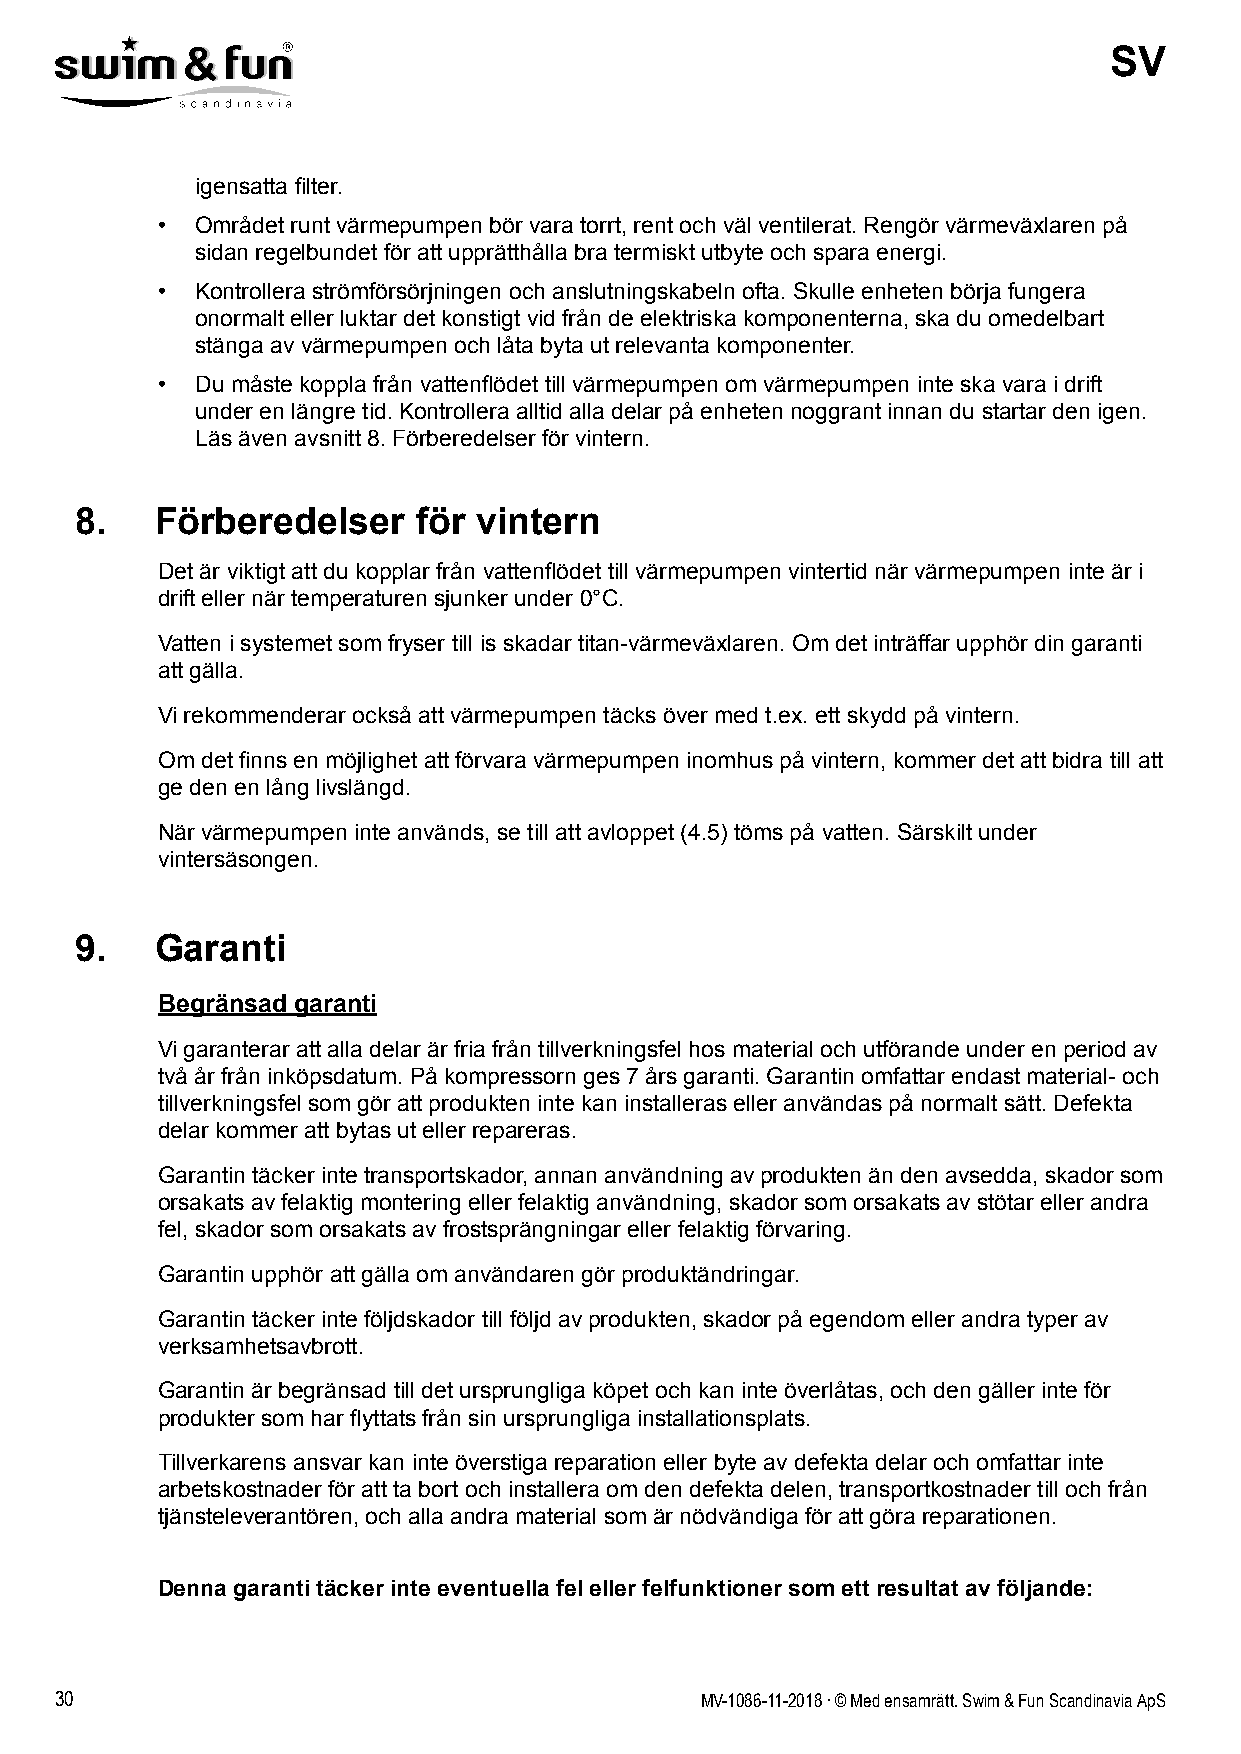
SV
 igensatta filter.
 •  Området runt värmepumpen bör vara torrt, rent och väl ventilerat. Rengör värmeväxlaren på
 sidan regelbundet för att upprätthålla bra termiskt utbyte och spara energi.
 •  Kontrollera strömförsörjningen och anslutningskabeln ofta. Skulle enheten börja fungera
 onormalt eller luktar det konstigt vid från de elektriska komponenterna, ska du omedelbart
 stänga av värmepumpen och låta byta ut relevanta komponenter.
 •  Du måste koppla från vattenflödet till värmepumpen om värmepumpen inte ska vara i drift
 under en längre tid. Kontrollera alltid alla delar på enheten noggrant innan du startar den igen.
 Läs även avsnitt 8. Förberedelser för vintern.
 8.   Förberedelser    för vintern
 Det är viktigt att du kopplar från vattenflödet till värmepumpen vintertid när värmepumpen inte är i
 drift eller när temperaturen sjunker under 0°C.
 Vatten i systemet som fryser till is skadar titan-värmeväxlaren. Om det inträffar upphör din garanti
 att gälla.
 Vi rekommenderar också att värmepumpen täcks över med t.ex. ett skydd på vintern.
 Om det finns en möjlighet att förvara värmepumpen inomhus på vintern, kommer det att bidra till att
 ge den en lång livslängd.
 När värmepumpen inte används, se till att avloppet (4.5) töms på vatten. Särskilt under
 vintersäsongen.
 9.   Garanti
 Begränsad garanti
 Vi garanterar att alla delar är fria från tillverkningsfel hos material och utförande under en period av
 två år från inköpsdatum. På kompressorn ges 7 års garanti. Garantin omfattar endast material- och
 tillverkningsfel som gör att produkten inte kan installeras eller användas på normalt sätt. Defekta
 delar kommer att bytas ut eller repareras.
 Garantin täcker inte transportskador, annan användning av produkten än den avsedda, skador som
 orsakats av felaktig montering eller felaktig användning, skador som orsakats av stötar eller andra
 fel, skador som orsakats av frostsprängningar eller felaktig förvaring.
 Garantin upphör att gälla om användaren gör produktändringar.
 Garantin täcker inte följdskador till följd av produkten, skador på egendom eller andra typer av
 verksamhetsavbrott.
 Garantin är begränsad till det ursprungliga köpet och kan inte överlåtas, och den gäller inte för
 produkter som har flyttats från sin ursprungliga installationsplats.
 Tillverkarens ansvar kan inte överstiga reparation eller byte av defekta delar och omfattar inte
 arbetskostnader för att ta bort och installera om den defekta delen, transportkostnader till och från
 tjänsteleverantören, och alla andra material som är nödvändiga för att göra reparationen.
 Denna garanti täcker inte eventuella fel eller felfunktioner som ett resultat av följande:
 30                                        MV-1086-11-2018 . © Med ensamrätt. Swim & Fun Scandinavia ApS